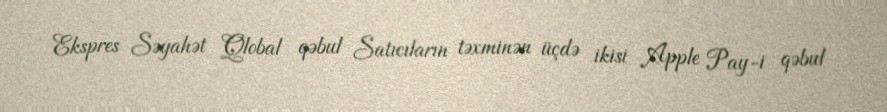
Ekspres Səyahət Qlobal qəbul Satıcıların təxminən üçdə ikisi Apple Pay-i qəbul